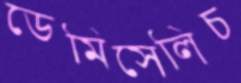
ডেমিসেলিচ